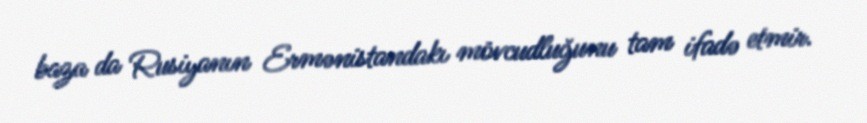
baza da Rusiyanın Ermənistandakı mövcudluğunu tam ifadə etmir.